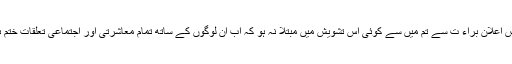
فرمایا کہ اس اعلان براء ت سے تم میں سے کوئی اس تشویش میں مبتلا نہ ہو کہ اب ان لوگوں کے ساتھ تمام معاشرتی اور اجتماعی تعلقات ختم ہو رہے ہیں۔